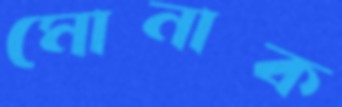
মোনাক